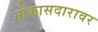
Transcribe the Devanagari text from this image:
मोकासदारावर